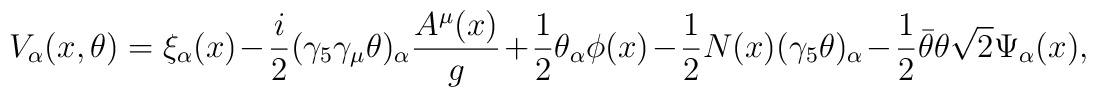
V_{\alpha}(x , \theta) = \xi_{\alpha}(x) -\frac{i}{2}(\gamma_{5}\gamma_{\mu}\theta)_{\alpha} \frac{A^{\mu}(x)}{g}+ \frac{1}{2} \theta_{\alpha} \phi(x) - \frac{1}{2}N(x)(\gamma_{5} \theta)_{\alpha} -\frac{1}{2} \bar{\theta}\theta \sqrt{2}\Psi_{\alpha}(x) ,